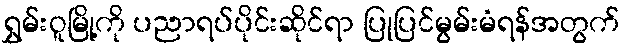
ရွှမ်းဝူမြို့ကို ပညာရပ်ပိုင်းဆိုင်ရာ ပြုပြင်မွမ်းမံရန်အတွက်